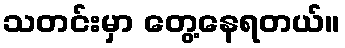
သတင်းမှာ တွေ့နေရတယ်။